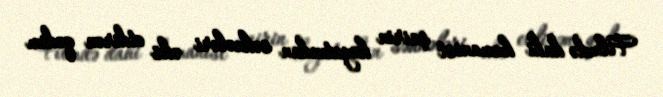
Filmdə dahi humanist şairin həyatından səhnələri əks etdirən qədim